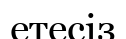
етесіз